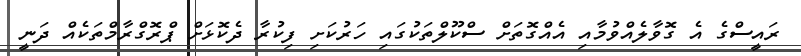
ރައީސްގެ އެ ގޮވާލެއްވުމާއި އެއްގޮތަށް ސްކޫލްތަކުގައި ހަރުކަށި ފިކުރާ ދެކޮޅަށް ޕްރޮގްރާމްތަކެއް ދަނީ